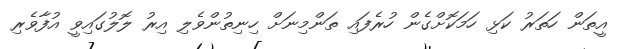
އީތަން ހަތަރު ކަޅި ހަމަކޮށްގެން ހުރެފައި ތަންމިނަށް ހިނިތުންވެލި އިރު ލޮލުގައިވީ އުފާވެރި